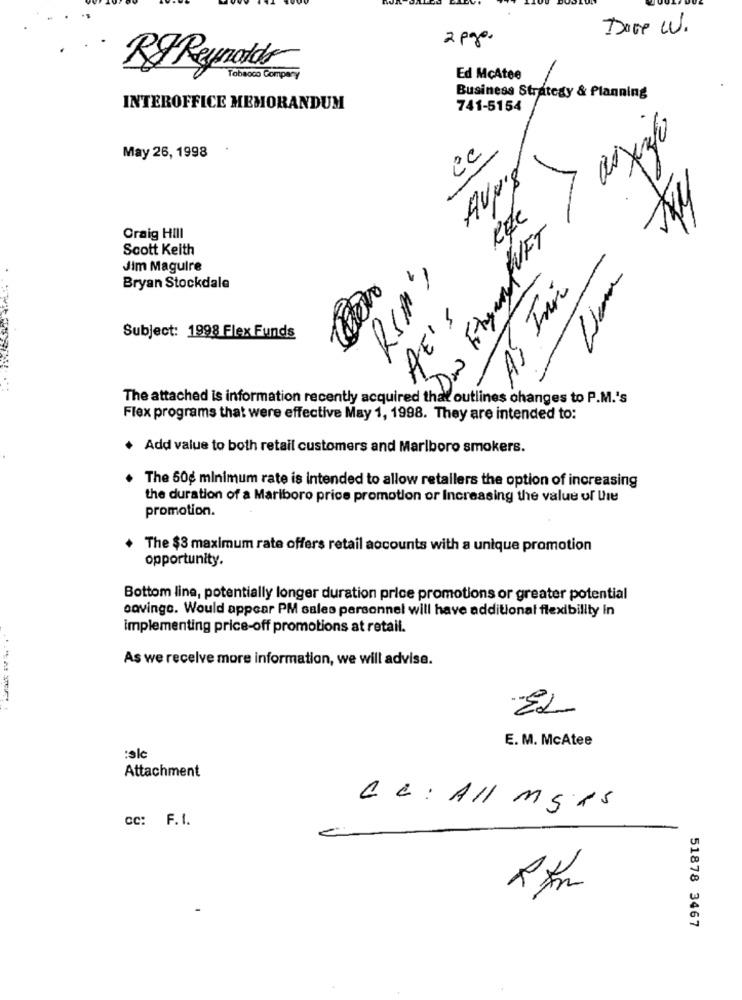
Doce W.
2 pga.
RF Reynolds
Tobacco Company
Ed McAtee
Business Strategy & Planning
INTEROFFICE MEMORANDUM
741-5154
> asinfo
Ec
May 26, 1998
-
ege
Craig HIII
Scott Keith
Jim Maguire
Rsm's
Bryan Stockdale
HE'S
Subject: 1998 Flex Funds
-
The attached is information recently acquired that outlines changes to P.M.'s
Flex programs that were effective May 1, 1998. They are intended to:
+ Add value to both retail customers and Marlboro smokers.
The 50g minimum rate is intended to allow retailers the option of increasing
the duration of a Marlboro price promotion or Increasing the value of Une
promotion.
The $3 maximum rate offers retail accounts with a unique promotion
opportunity.
Bottom line, potentially longer duration price promotions or greater potential
savingo. Would appear PM sales personnel will have additional flexibility In
implementing price-off promotions at retail.
As we receive more information, we will advise.
EL
E. M. McAtee
:ale
Attachment
CC : All mgas
cc: F.I.
51878 3467